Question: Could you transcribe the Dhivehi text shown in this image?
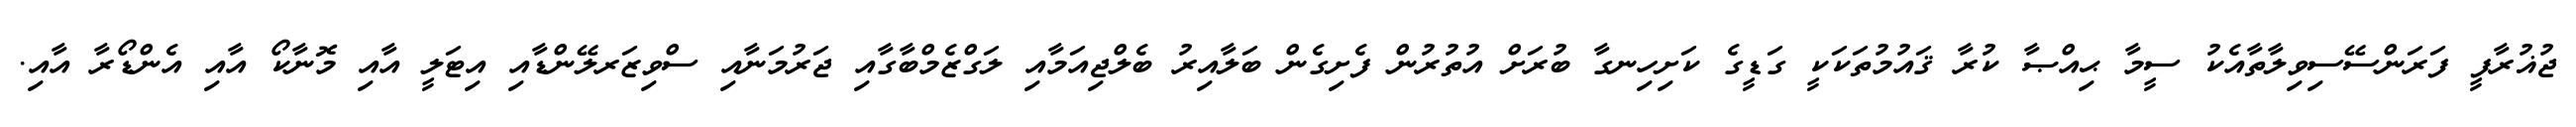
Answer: ޖުޣުރާފީ ފަރަންސޭސިވިލާތާއެކު ސީމާ ޙިއްޞާ ކުރާ ޤައުމުތަކަކީ ގަޑީގެ ކަށިހިނގާ ބުރަށް އުތުރުން ފެށިގެން ބަލާއިރު ބެލްޖިއަމާއި ލަގްޒެމްބާގާއި ޖަރުމަނާއި ސްވިޒަރލޭންޑާއި އިޓަލީ އާއި މޮނާކޯ އާއި އެންޑޯރާ އާއި.